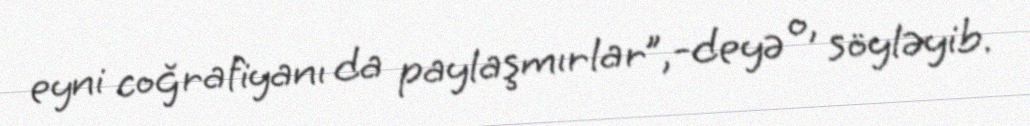
eyni coğrafiyanı da paylaşmırlar”,-deyə o, söyləyib.